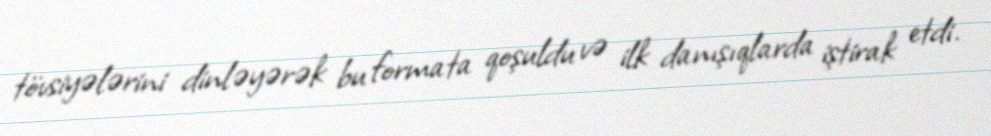
tövsiyələrini dinləyərək bu formata qoşuldu və ilk danışıqlarda iştirak etdi.